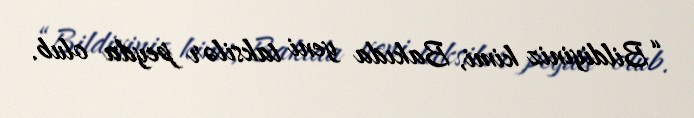
“Bildiyiniz kimi, Bakıda yeni taksilər peyda olub.